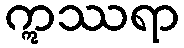
ဣဿရာ